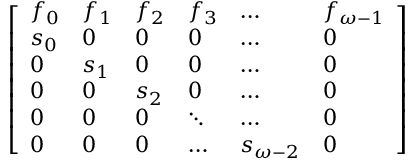
\left[ \begin{array} { l l l l l l } { f _ { 0 } } & { f _ { 1 } } & { f _ { 2 } } & { f _ { 3 } } & { \ldots } & { f _ { \omega - 1 } } \\ { s _ { 0 } } & { 0 } & { 0 } & { 0 } & { \ldots } & { 0 } \\ { 0 } & { s _ { 1 } } & { 0 } & { 0 } & { \ldots } & { 0 } \\ { 0 } & { 0 } & { s _ { 2 } } & { 0 } & { \ldots } & { 0 } \\ { 0 } & { 0 } & { 0 } & { \ddots } & { \ldots } & { 0 } \\ { 0 } & { 0 } & { 0 } & { \ldots } & { s _ { \omega - 2 } } & { 0 } \end{array} \right]